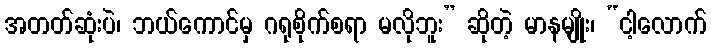
အတတ်ဆုံးပဲ၊ ဘယ်ကောင်မှ ဂရုစိုက်စရာ မလိုဘူး” ဆိုတဲ့ မာနမျိုး၊ “ငါ့လောက်